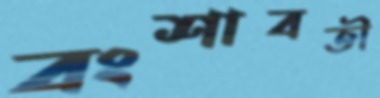
বংশাবতী